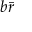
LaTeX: b { \bar { r } }